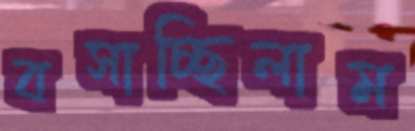
বসাচ্ছিলাম